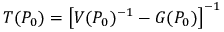
T ( P _ { 0 } ) = \left[ V ( P _ { 0 } ) ^ { - 1 } - G ( P _ { 0 } ) \right] ^ { - 1 }